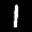
Label: 1